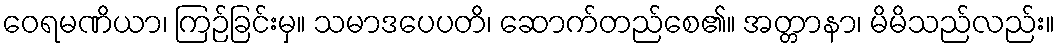
ဝေရမဏိယာ၊ ကြဉ်ခြင်းမှ။ သမာဒပေပတိ၊ ဆောက်တည်စေ၏။ အတ္တာနာ၊ မိမိသည်လည်း။